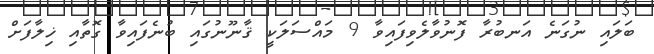
ބަލައި ނުގަނެ އަނބުރާ ފޮނުވާލެވިފައިވާ 9 މައްސަލަކީ ޤާނޫނުގައި ބުނެފައިވާ ގޮތާއި ޚިލާފަށް